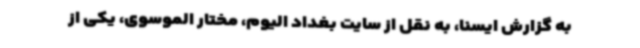
به گزارش ایسنا، به نقل از سایت بغداد الیوم، مختار الموسوی، یکی از